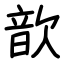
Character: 歆